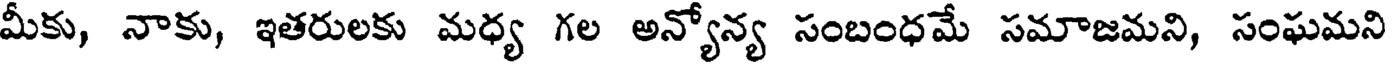
మీకు, నాకు, ఇతరులకు మధ్య గల అన్యోన్య సంబంధమే సమాజమని, సంఘమని